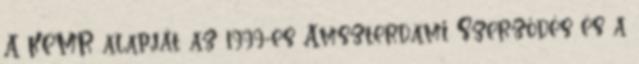
A KEMR alapját az 1999-es Amszterdami Szerződés és a